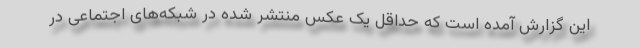
این گزارش آمده است که حداقل یک عکس منتشر شده در شبکه‌های اجتماعی در